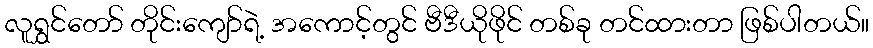
လူရွှင်တော် တိုင်းကျော်ရဲ့ အကောင့်တွင် ဗီဒီယိုဖိုင် တစ်ခု တင်ထားတာ ဖြစ်ပါတယ်။